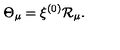
\Theta _ { \mu } = \xi ^ { ( 0 ) } { \cal R } _ { \mu } .